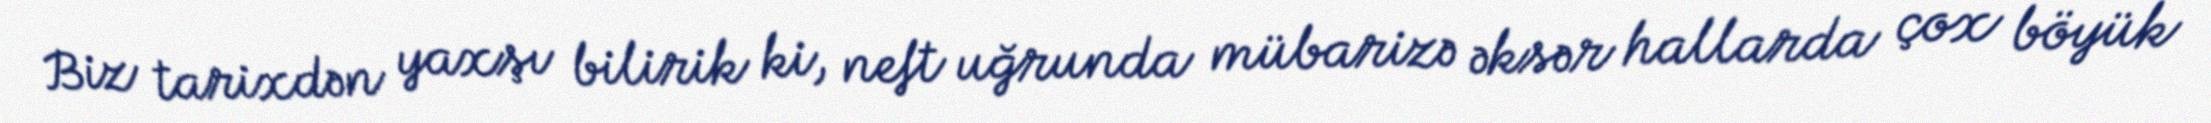
Biz tarixdən yaxşı bilirik ki, neft uğrunda mübarizə əksər hallarda çox böyük